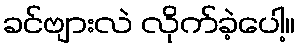
ခင်ဗျားလဲ လိုက်ခဲ့ပေါ့။